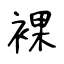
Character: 裸